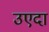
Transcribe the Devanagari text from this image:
उएदा